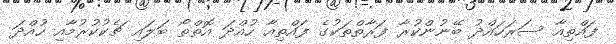
ފައްތިއާ ސަރަހައްދު ބޭނުންކުރާ ފަރާތްތަކުގެ ފައްތިއާ ހުއްދަ އޮތްތޯ ބަލައި ޗެކުކުރުމާއި ހުއްދަ